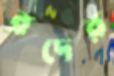
রদের